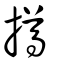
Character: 撙